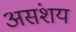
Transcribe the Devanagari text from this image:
असंशय